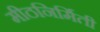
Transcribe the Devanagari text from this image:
मीठनिर्मिती